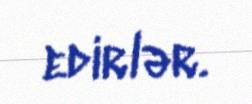
edirlər.